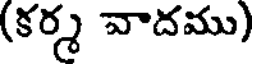
(కర్మ వాదము)